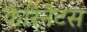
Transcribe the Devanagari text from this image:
कैरिनैटस